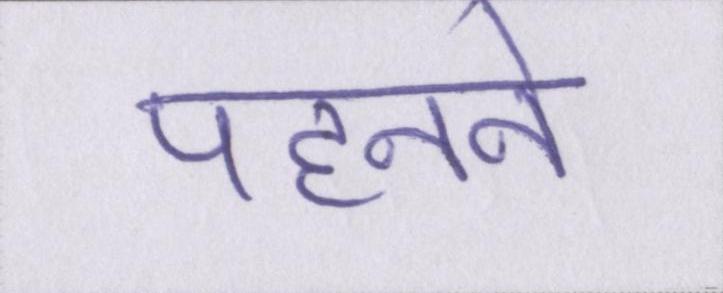
पहनने